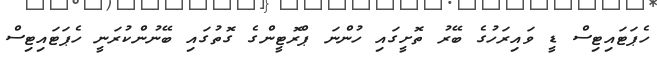
ހެޕަޓައިޓިސް ޑީ ވައިރަހުގެ ބޭރު ތޮށީގައި ހުންނަ ޕްރޮޓީންގެ ގޮތުގައި ބޭނުންކުރަނީ ހެޕަޓައިޓިސް